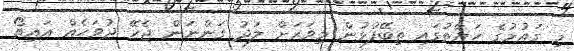
މި ގައުމުގެ ހަޔާތުގައި ތިބޭފުޅުން މިވަރަށް ލަދު ގަންނަން ޖެހޭ ދުވަހެއް އައިތޯ